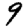
Digit: 9